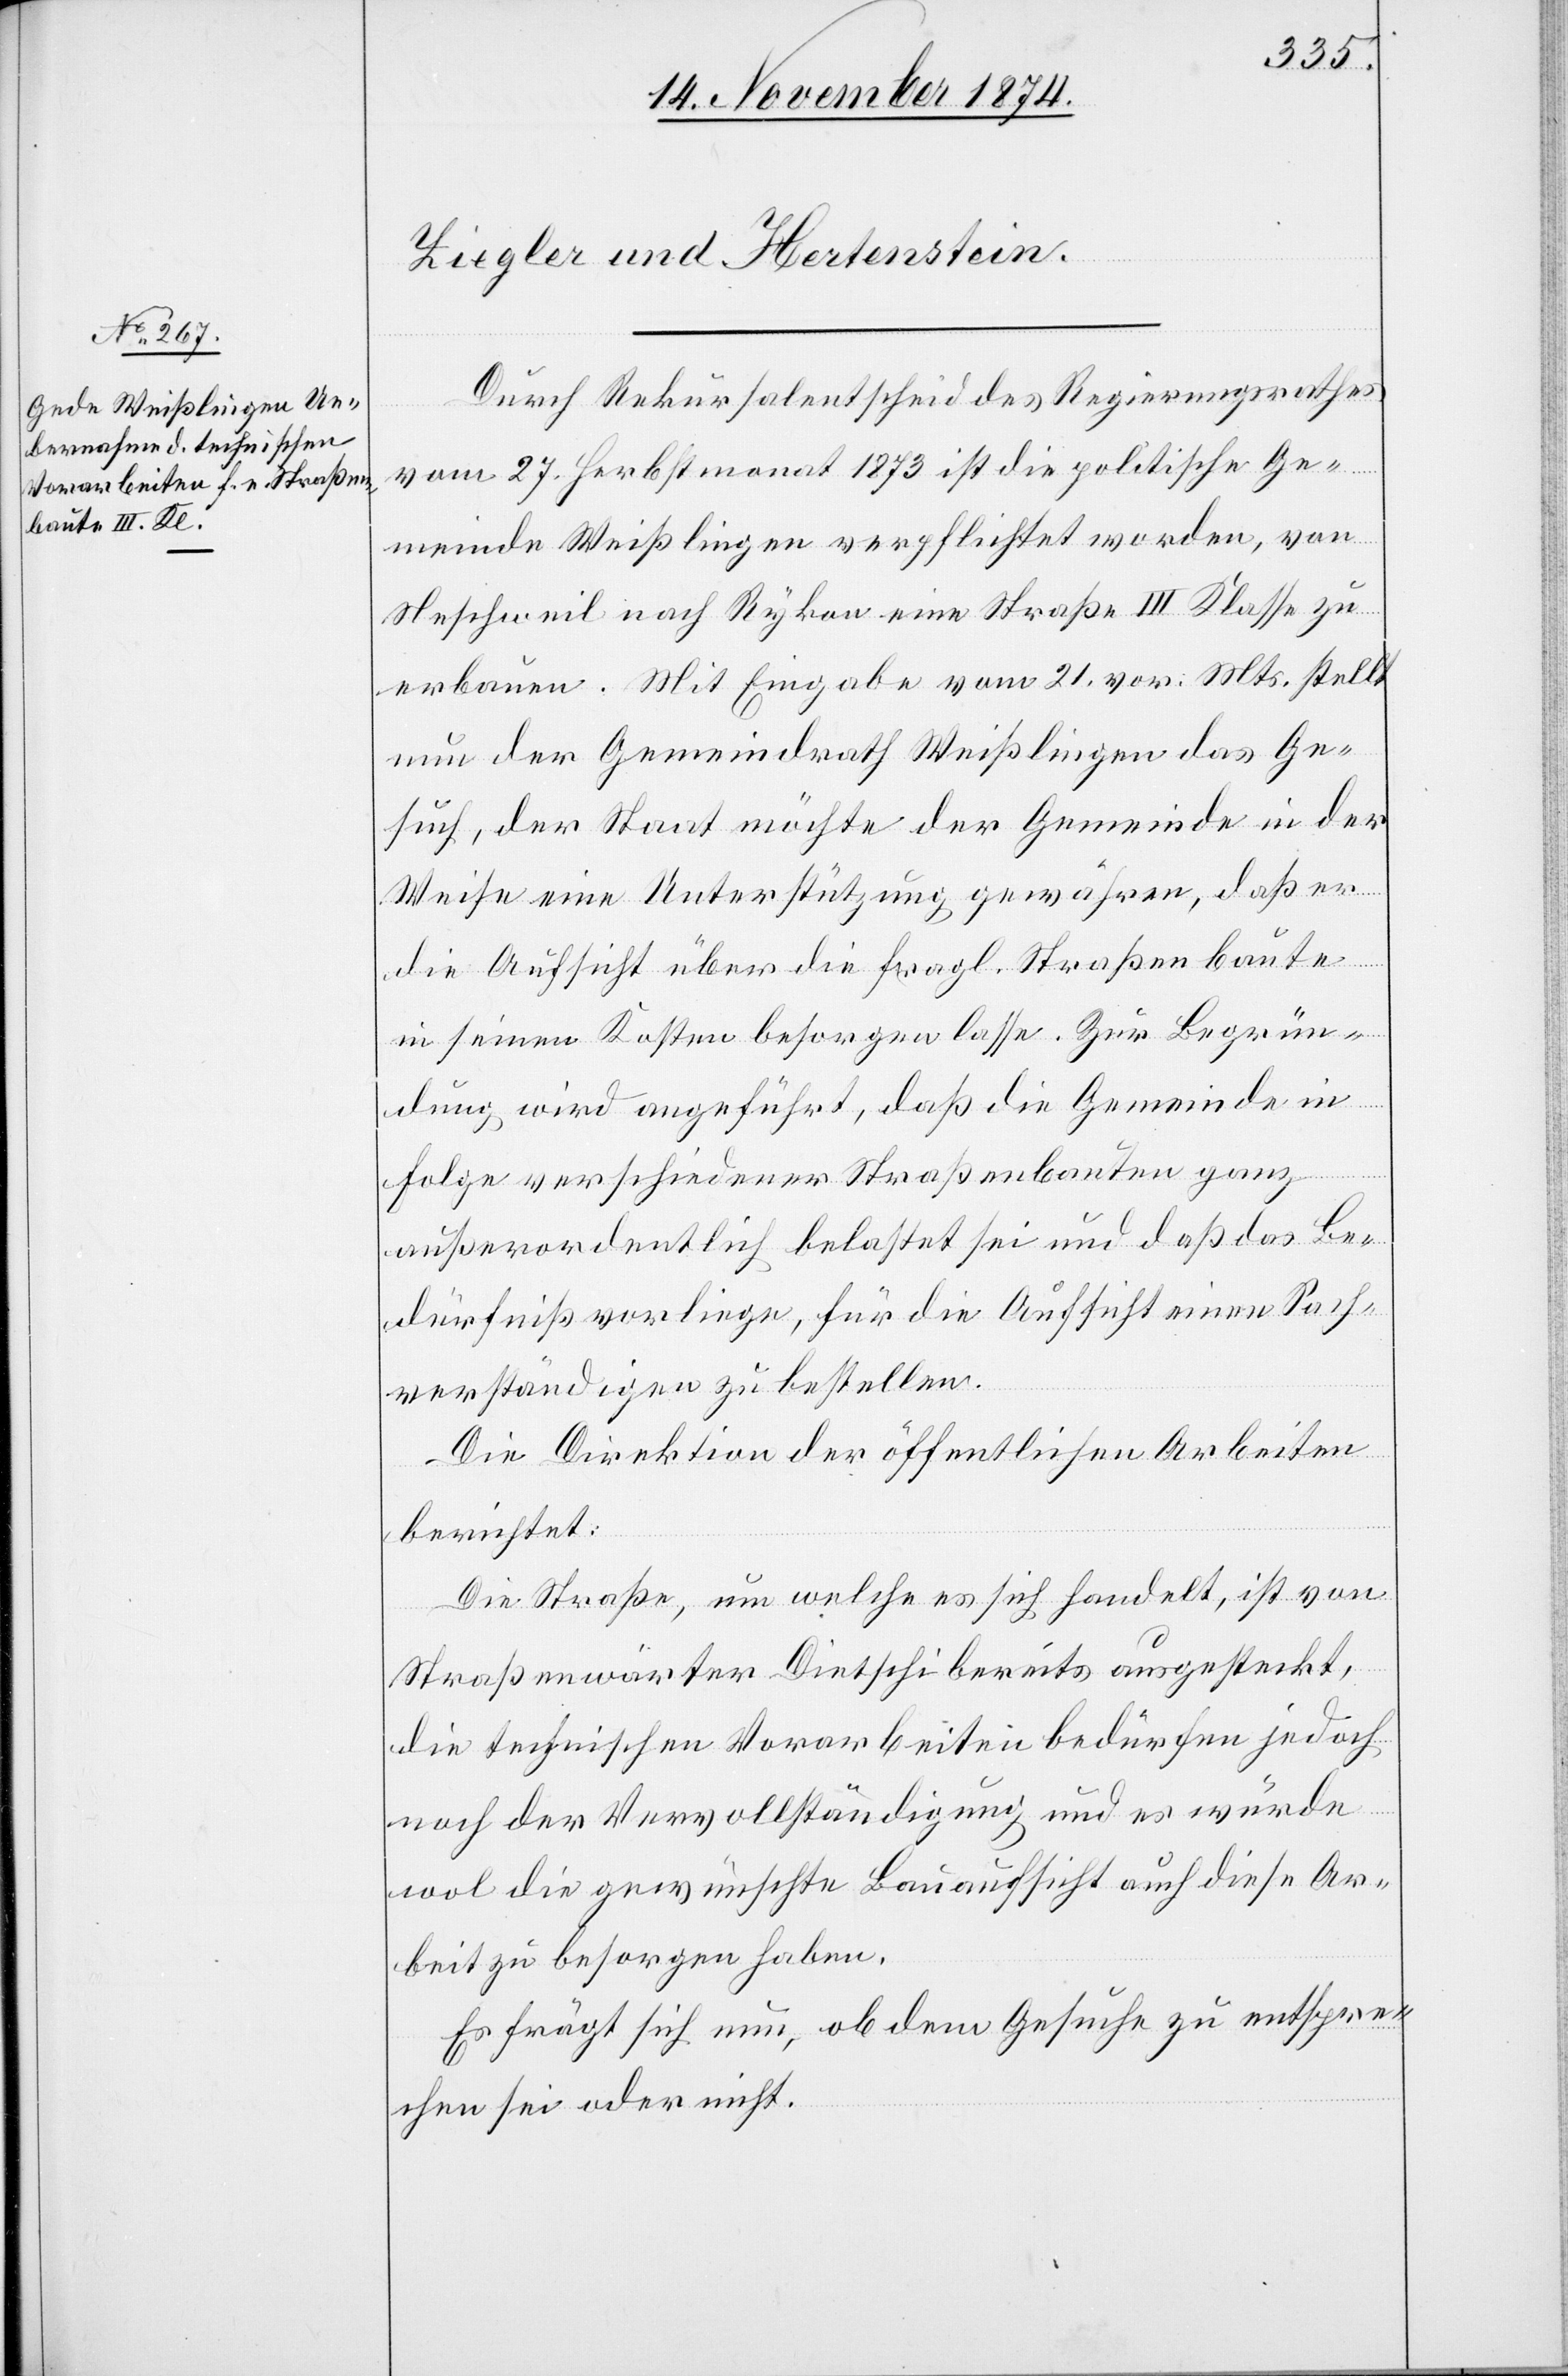
Durch Rekursalentscheid des Regierungsrathes
vom 27. Herbstmonat 1873 ist die politische Ge¬
meinde Weißlingen verpflichtet worden, von
Neschweil nach Rykon eine Straße III Klasse zu
erbauen. Mit Eingabe vom 21. vor. Mts. stellt
nun der Gemeindrath Weißlingen das Ge¬
such, der Staat möchte der Gemeinde in der
Weise eine Unterstützung gewähren, daß er
die Aufsicht über die fragl. Straßenbaute
in seinen Kosten besorgen lasse. Zur Begrün¬
dung wird angeführt, daß die Gemeinde in
Folge verschiedener Straßenbauten ganz
außerordentlich belastet sei und daß das Be¬
dürfniß vorliege, für die Aufsicht einen Sach¬
verständigen zu bestellen.
Die Direktion der öffentlichen Arbeiten
berichtet:
Die Straße, um welche es sich handelt, ist von
Straßenwärter Dietschi bereits ausgesteckt,
die technischen Vorarbeiten bedürfen jedoch
noch der Vervollständigung und es würde
wol die gewünschte Bauaufsicht auch diese Ar¬
beit zu besorgen haben.
Es frägt sich nun, ob dem Gesuche zu entspre¬
chen sei oder nicht.